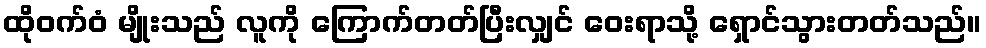
ထိုဝက်ဝံ မျိုးသည် လူကို ကြောက်တတ်ပြီးလျှင် ဝေးရာသို့ ရှောင်သွားတတ်သည်။